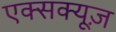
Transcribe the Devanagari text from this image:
एक्सक्यूज़